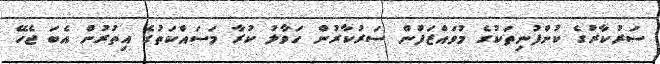
ސަރުކާރުގެ ކުންފުނިތަކުގެ މުވައްޒަފުން ސަރުކާރުން ހަވާލު ކުރާ މަސައްކަތުގެ އިތުރުން އެބަ ޖެހޭ